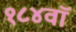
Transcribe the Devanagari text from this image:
१८४वॉ